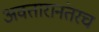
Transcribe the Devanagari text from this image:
अवतारानंतरच